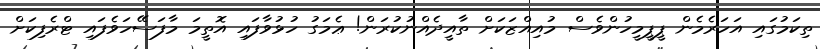
ތިކަމުގައި އަހަރެމެން ޕީޕީމީހުންވެސް މުއިއްޒަކަށް ތާއީދެއްނުކުރަން! ޢެމަގު ހުޅުވާފައި އޮތީމަ މާފަސޭހަވެފައި ޓްރެފިކަށް